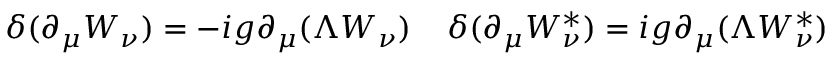
\delta ( \partial _ { \mu } W _ { \nu } ) = - i g \partial _ { \mu } ( \Lambda W _ { \nu } ) \; \; \; \; \delta ( \partial _ { \mu } W _ { \nu } ^ { \ast } ) = i g \partial _ { \mu } ( \Lambda W _ { \nu } ^ { \ast } )